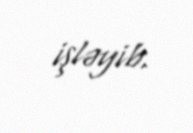
işləyib.